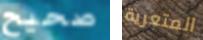
صحيح المتعرية